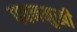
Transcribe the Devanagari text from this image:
पवनमुखी